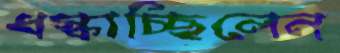
ধস্‌কাচ্ছিলেন